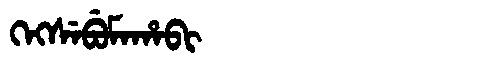
Manchu: ᡴᡝᡴᠰᡝᠪᡠᠮᠠᡥᠠᠪᡳ
Romanization: KEKSEBUMAHABI